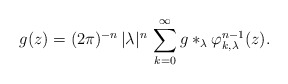
\begin{align*}g(z) = (2\pi)^{-n} \, |\lambda|^n \, \sum_{k=0}^\infty g \ast_\lambda \varphi_{k,\lambda}^{n-1}(z). \end{align*}